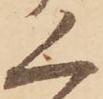
く